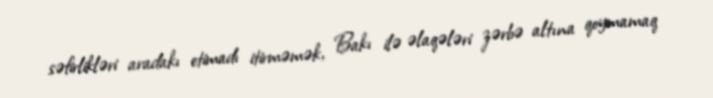
səfirlikləri aradakı etimadı itirməmək, Bakı ilə əlaqələri zərbə altına qoymamaq